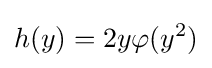
h(y)=2y\varphi (y^{2})